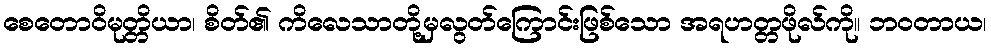
စေတောဝိမုတ္တိယာ၊ စိတ်၏ ကိလေသာတို့မှလွတ်ကြောင်းဖြစ်သော အရဟတ္တဖိုလ်ကို။ ဘဝတာယ၊